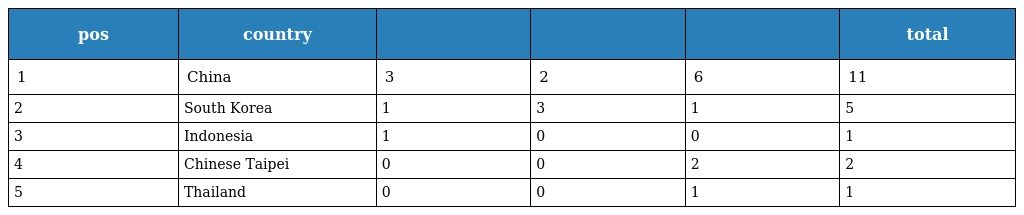
| pos | country |  |  |  | total |
 | --- | --- | --- | --- | --- | --- |
 | 1 | China | 3 | 2 | 6 | 11 |
 | 2 | South Korea | 1 | 3 | 1 | 5 |
 | 3 | Indonesia | 1 | 0 | 0 | 1 |
 | 4 | Chinese Taipei | 0 | 0 | 2 | 2 |
 | 5 | Thailand | 0 | 0 | 1 | 1 |